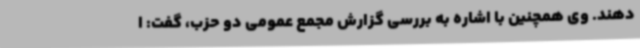
دهند. وی همچنین با اشاره به بررسی گزارش مجمع عمومی دو حزب، گفت: ا